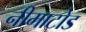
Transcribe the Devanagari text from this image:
नीमाटोड